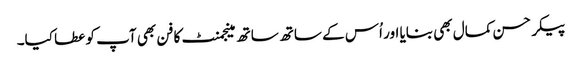
پیکر حسن کمال بھی بنایا اور اُس کے ساتھ ساتھ مینجمنٹ کا فن بھی آپ کو عطا کیا۔